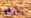
يعرفها